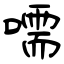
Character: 嚅